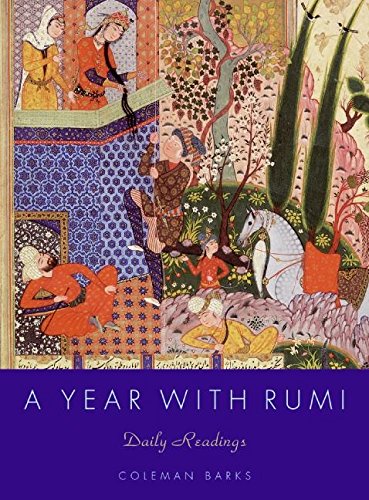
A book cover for A Year with Rumi: Daily Readings; Coleman Barks; Literature & Fiction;